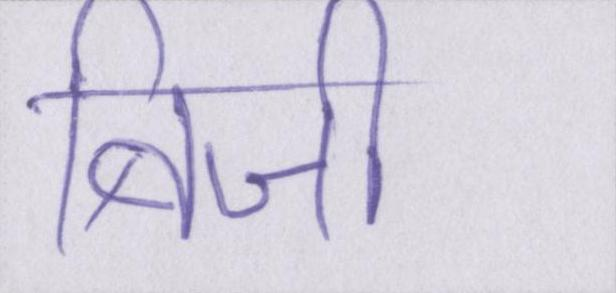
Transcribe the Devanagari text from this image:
बिजी